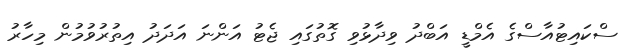
ސްކައިޓުއާސްގެ އެމްޑީ އަބްދު ވިދާޅުވި ގޮތުގައި ޖެޓު އަންނަ އަދަދު އިތުރުވުމުން މިހާރު